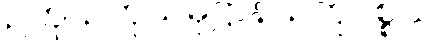
ဥတု၊ ဥတုသမုဋ္ဌာန၊ ဥတုပစ္စယ၊